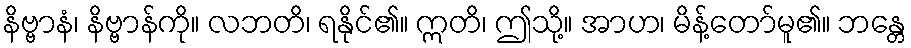
နိဗ္ဗာနံ၊ နိဗ္ဗာန်ကို။ လဘတိ၊ ရနိုင်၏။ ဣတိ၊ ဤသို့။ အာဟ၊ မိန့်တော်မူ၏။ ဘန္တေ